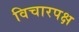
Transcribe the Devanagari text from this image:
विचारपक्ष